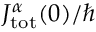
J _ { \mathrm { t o t } } ^ { \alpha } ( 0 ) / \hbar